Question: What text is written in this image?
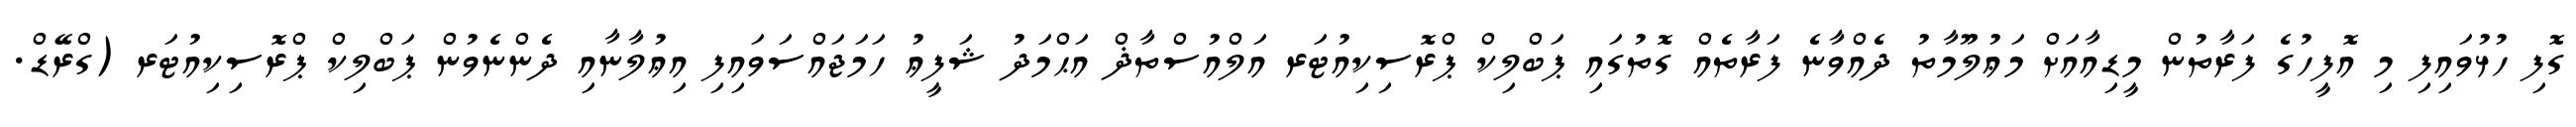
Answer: ގޮފި ހުޅުވައިފި މި އޮފީހުގެ ފަރާތުން މީޑިއާއަށް މަޢުލޫމާތު ދެއްވާނެ ފަރާތެއް ގޮތުގައި ޕަބްލިކް ޕްރޮސިކިއުޓަރ އަލްއުސްތާޛް އަޙްމަދު ޝަފީޢު ހަމަޖައްސަވައިފި އިޢުލާނާއި ދެންނެވުން ޕަބްލިކް ޕްރޮސިކިއުޓަރ (ގްރޭޑް.